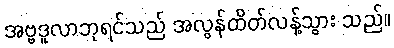
အဗ္ဗဒူလာဘုရင်သည် အလွန်ထိတ်လန့်သွား သည်။